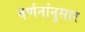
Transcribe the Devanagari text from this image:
वर्णनांनुसार